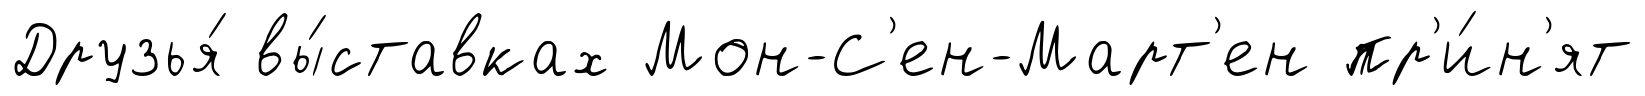
Друзья́ вы́ставках Мон-С'ен-Март'ен пр'и́н'ят